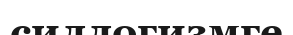
силлогизмге